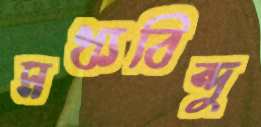
মধ্যবিন্দু